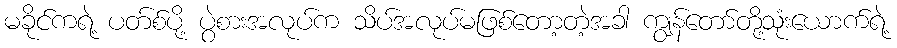
မခိုင်ကရဲ့ ပတ်စ်ပို့ ပွဲစားအလုပ်က သိပ်အလုပ်မဖြစ်တော့တဲ့အခါ ကျွန်တော်တို့သုံးယောက်ရဲ့